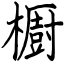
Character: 櫉